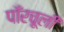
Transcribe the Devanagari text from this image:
पाँरचूली